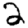
Digit: 2